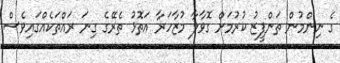
ގެ ނިންމުން ތަންފީޒު ކުރުމަށް ގޮވާލާ މުޒާހަރާ އަތޮޅު ތެރޭގެ ގިނަ ރައްތަކެއްގައިވެސް